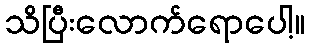
သိပြီးလောက်ရောပေါ့။